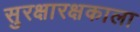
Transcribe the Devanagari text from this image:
सुरक्षारक्षकाला